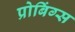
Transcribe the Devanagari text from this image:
प्रोबिंग्स